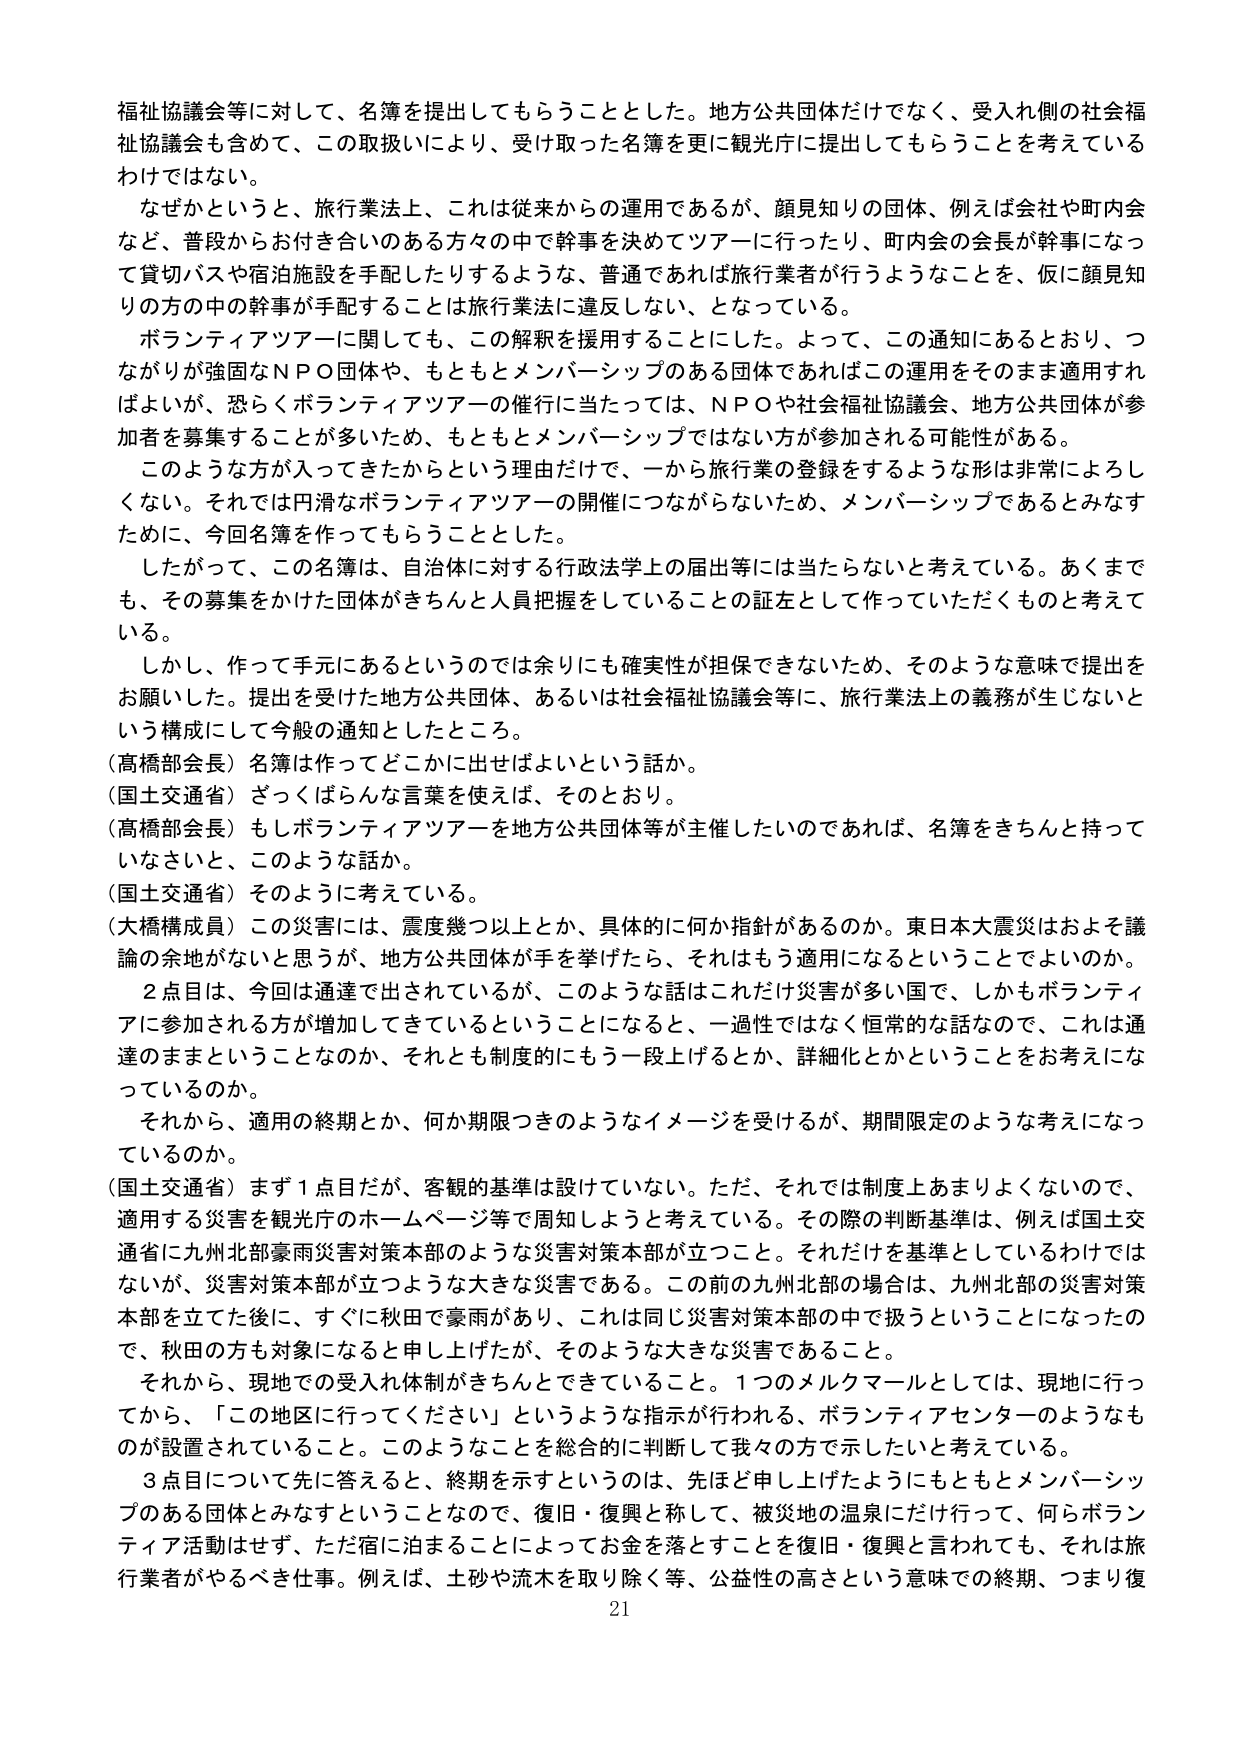
福祉協議会等に対して、名簿を提出してもらうこととした。地方公共団体だけでなく、受入れ側の社会福祉協議会も含めて、この取扱いにより、受け取った名簿を更に観光庁に提出してもらうことを考えているわけではない。

なぜかというと、旅行業法上、これは従来からの運用であるが、顔見知りの団体、例えば会社や町内会など、普段からお付き合いのある方々の中で幹事を決めてツアーに行ったり、町内会の会長が幹事になって貸切バスや宿泊施設を手配したりするような、普通であれば旅行業者が行うようなことを、仮に顔見知りの方の中の幹事が手配することは旅行業法に違反しない、となっている。

ボランティアツアーに関しても、この解釈を援用することにした。よって、この通知にあるとおり、つながりが強固なＮＰＯ団体や、もともとメンバーシップのある団体であればこの運用をそのまま適用すればよいが、恐らくボランティアツアーの催行に当たっては、ＮＰＯや社会福祉協議会、地方公共団体が参加者を募集することが多いため、もともとメンバーシップではない方が参加される可能性がある。

このような方が入ってきたからという理由だけで、一から旅行業の登録をするような形は非常によろしくない。それでは円滑なボランティアツアーの開催につながらないため、メンバーシップであるとみなすために、今回名簿を作ってもらうこととした。

したがって、この名簿は、自治体に対する行政法学上の届出等には当たらないと考えている。あくまでも、その募集をかけた団体がきちんと人員把握をしていることの証左として作っていただくものと考えている。

しかし、作って手元にあるというのでは余りにも確実性が担保できないため、そのような意味で提出をお願いした。提出を受けた地方公共団体、あるいは社会福祉協議会等に、旅行業法上の義務が生じないという構成にして今般の通知としたところ。

（高橋部会長）名簿は作ってどこかに出せばよいという話か。

（国土交通省）ざっくばらんな言葉を使えば、そのとおり。

（高橋部会長）もしボランティアツアーを地方公共団体等が主催したいのであれば、名簿をきちんと持っていなさいと、このような話か。

（国土交通省）そのように考えている。

（大橋構成員）この災害には、震度幾つ以上とか、具体的に何か指針があるのか。東日本大震災はおよそ議論の余地がないと思うが、地方公共団体が手を挙げたら、それはもう適用になるということとよいのか。

２点目は、今回は通達で出されているが、このような話はこれだけ災害が多い国で、しかもボランティアに参加される方が増加してきているということになると、一過性ではなく恒常的な話なので、これは通達のままということなのか、それとも制度的にもう一段上げるとか、詳細化とかということをお考えになっているのか。

それから、適用の終期とか、何か期限つきのようなイメージを受けるが、期間限定のような考えになっているのか。

（国土交通省）まず１点目だが、客観的基準は設けていない。ただ、それでは制度上あまりよくないので、適用する災害を観光庁のホームページ等で周知しようと考えている。その際の判断基準は、例えば国土交通省に九州北部豪雨災害対策本部のような災害対策本部が立つこと。それだけを基準としているわけではないが、災害対策本部が立つような大きな災害である。この前の九州北部の場合は、九州北部の災害対策本部を立てた後に、すぐに秋田で豪雨があり、これは同じ災害対策本部の中で扱うということになったので、秋田の方も対象になると申し上げたが、そのような大きな災害であること。

それから、現地での受入れ体制がきちんとできていること。１つのメルクマールとしては、現地に行ってから、「この地区に行ってください」というような指示が行われる、ボランティアセンターのようなものが設置されていること。このようなことを総合的に判断して我々の方で示したいと考えている。

３点目について先に答えると、終期を示すというのは、先ほど申し上げたようにもともとメンバーシップのある団体とみなすということなので、復旧・復興と称して、被災地の温泉にだけ行って、何らボランティア活動はせず、ただ宿に泊まることによってお金を落とすことを復旧・復興と言われても、それは旅行業者がやるべき仕事。例えば、土砂や流木を取り除く等、公益性の高さという意味での終期、つまり復

21